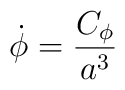
\dot{\phi} = {C_\phi \over a^3}